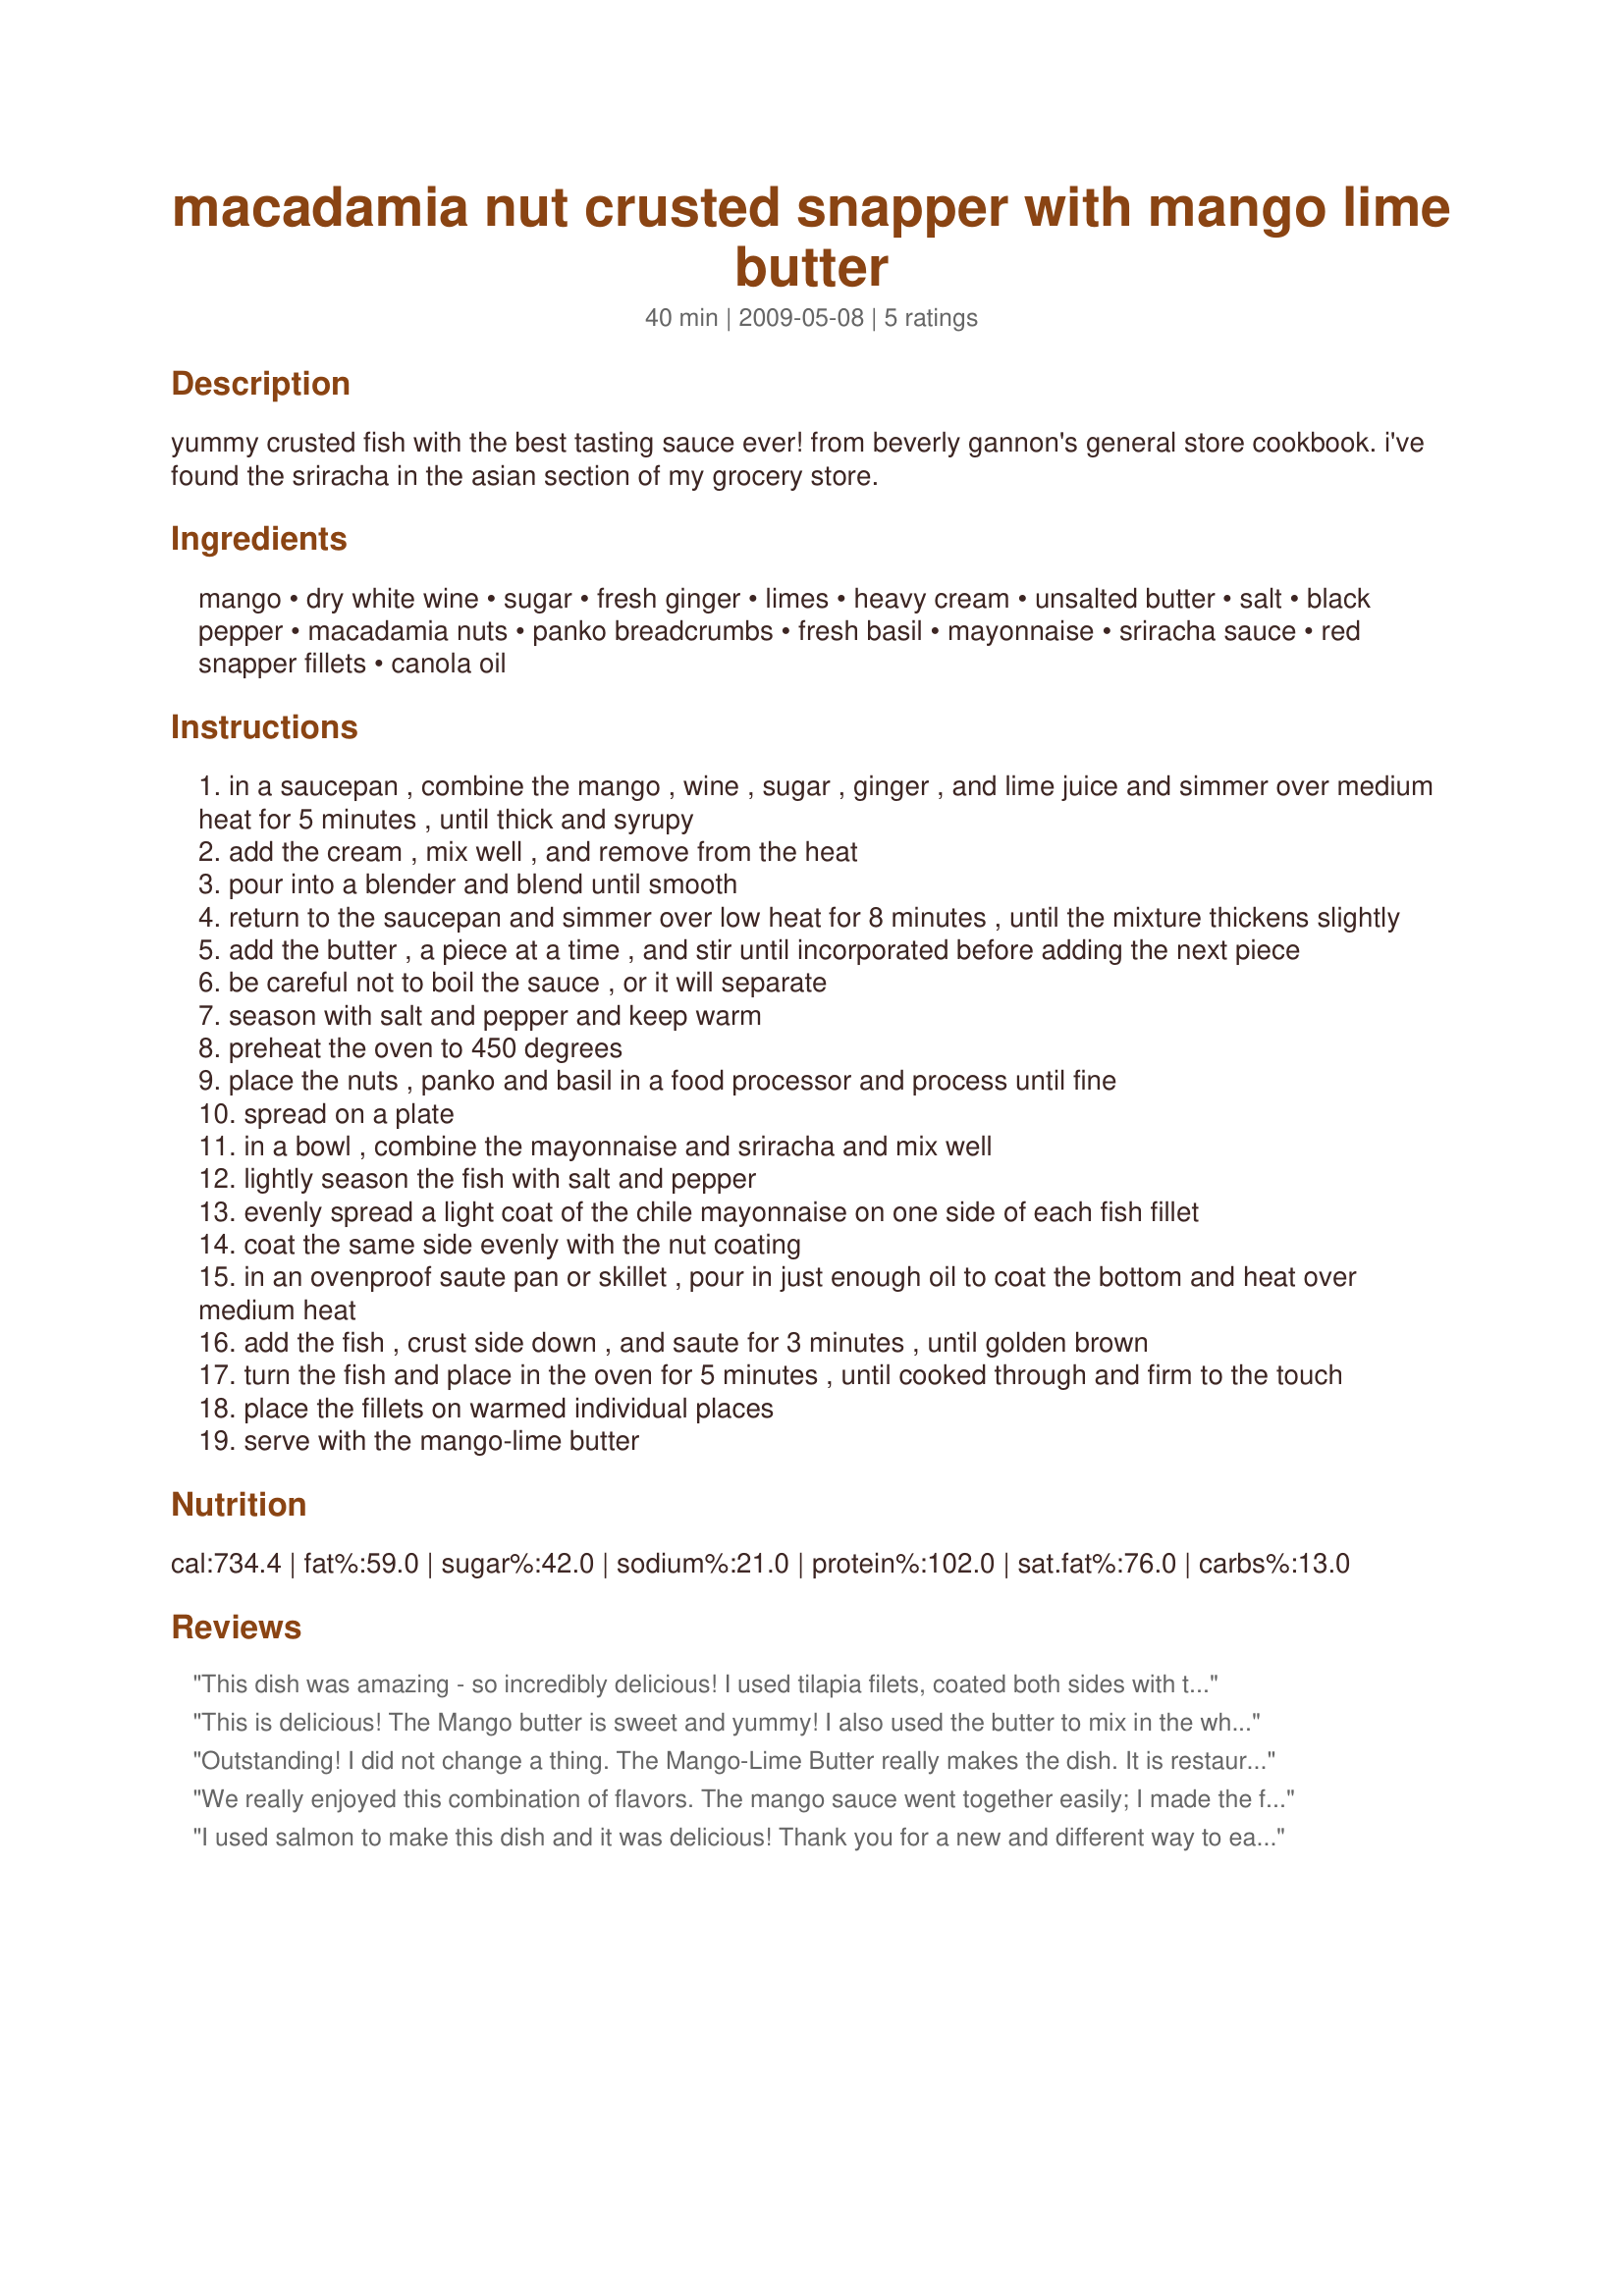
macadamia nut crusted snapper with mango lime butter
Preparation time: 40 minutes

yummy crusted fish with the best tasting sauce ever! from beverly gannon's general store cookbook. i've found the sriracha in the asian section of my grocery store.

Ingredients:
mango, dry white wine, sugar, fresh ginger, limes, heavy cream, unsalted butter, salt, black pepper, macadamia nuts, panko breadcrumbs, fresh basil, mayonnaise, sriracha sauce, red snapper fillets, canola oil

Steps:
in a saucepan , combine the mango , wine , sugar , ginger , and lime juice and simmer over medium heat for 5 minutes , until thick and syrupy
add the cream , mix well , and remove from the heat
pour into a blender and blend until smooth
return to the saucepan and simmer over low heat for 8 minutes , until the mixture thickens slightly
add the butter , a piece at a time , and stir until incorporated before adding the next piece
be careful not to boil the sauce , or it will separate
season with salt and pepper and keep warm
preheat the oven to 450 degrees
place the nuts , panko and basil in a food processor and process until fine
spread on a plate
in a bowl , combine the mayonnaise and sriracha and mix well
lightly season the fish with salt and pepper
evenly spread a light coat of the chile mayonnaise on one side of each fish fillet
coat the same side evenly with the nut coating
in an ovenproof saute pan or skillet , pour in just enough oil to coat the bottom and heat over medium heat
add the fish , crust side down , and saute for 3 minutes , until golden brown
turn the fish and place in the oven for 5 minutes , until cooked through and firm to the touch
place the fillets on warmed individual places
serve with the mango-lime butter

Reviews:
This dish was amazing - so incredibly delicious! I used tilapia filets, coated both sides with the mayonnaise and nut/panko topping, then pan fried. I also left out the sriracha sauce, since I have a low tolerance for spice. The mango butter sauce was delicous, too - a perfect topper for the fish. I will definitely make this again!
This is delicious! The Mango butter is sweet and yummy! I also used the butter to mix in the white rice. The macadamia nut crust was wonderful with the fish. I really enjoyed making this dish. Made for ZWT5.
Outstanding! I did not change a thing. The Mango-Lime Butter really makes the dish. It is restaurant caliber. I served it with blanched sugar snap peas and parboiled rice cooked in chicken broth and a nice glass of white wine. Made for ZWT5
We really enjoyed this combination of flavors. The mango sauce went together easily; I made the first part of the sauce earlier then finished it off while the fish was in the oven. I did have to cook the mango/wine mix quite a bit longer for it to get anywhere near syrupy. My changes were using rock fish in place of the snapper and all my fresh basil was gone so I added pesto to the mayo mix instead. I would like more macadamia nuts in the topping as they were barely discernable, also the topping wasn't as crunchy as I'd like. Next time I'm going to try adding the chopped nuts to unchopped panko to see if that would give it more crunch. I served this with jasmine rice, Recipe #397633 and Garlic Naan. Thanks Breezer for another great recipe!
I used salmon to make this dish and it was delicious! Thank you for a new and different way to eat fish! :)
